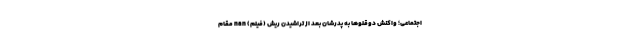
اجتماعی؛ واکنش دوقلوها به پدرشان بعد از تراشیدن ریش (فیلم) nan مقام